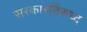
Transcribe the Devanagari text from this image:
सरकारविरूध्द